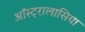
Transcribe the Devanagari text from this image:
ऑस्ट्रालासिया